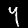
Label: 4